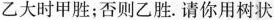
乙大时甲胜；否则乙胜。请你用树状